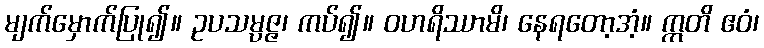
မျက်မှောက်ပြု၍။ ဥပသမ္ပဇ္ဇ၊ ကပ်၍။ ဝဟရိဿာမိ၊ နေရတော့အံ့။ ဣတိ ဧဝံ၊